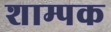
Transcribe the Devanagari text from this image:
शाम्पक